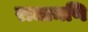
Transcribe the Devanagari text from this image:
राधामणि